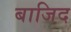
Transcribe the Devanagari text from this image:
बाजिद